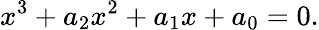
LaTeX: x^{3}+a_{2}x^{2}+a_{1}x+a_{0}=0.